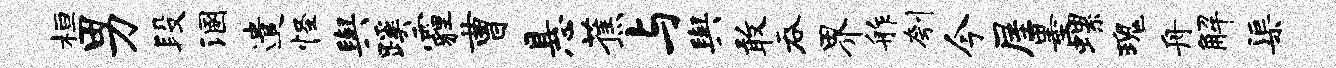
桓男段溷遣怪舆蹊霾曹悬蕉与舆敢吞界舴刳今屋墨螺瑰舟解渠